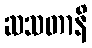
ဆသတာနိ